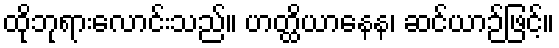
ထိုဘုရားလောင်းသည်။ ဟတ္ထိယာနေန၊ ဆင်ယာဉ်ဖြင့်။